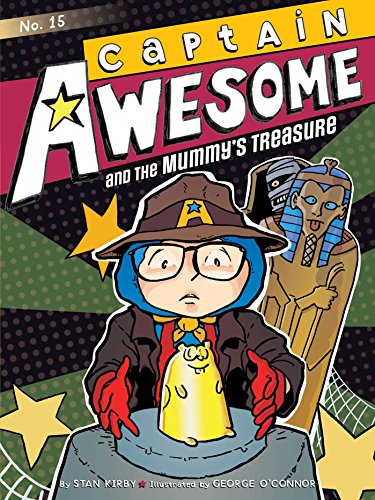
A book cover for Captain Awesome and the Mummy's Treasure; Stan Kirby; Children's Books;